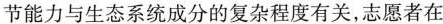
节能力与生态系统成分的复杂程度有关，志愿者在